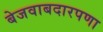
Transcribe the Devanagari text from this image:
बेजवाबदारपणा